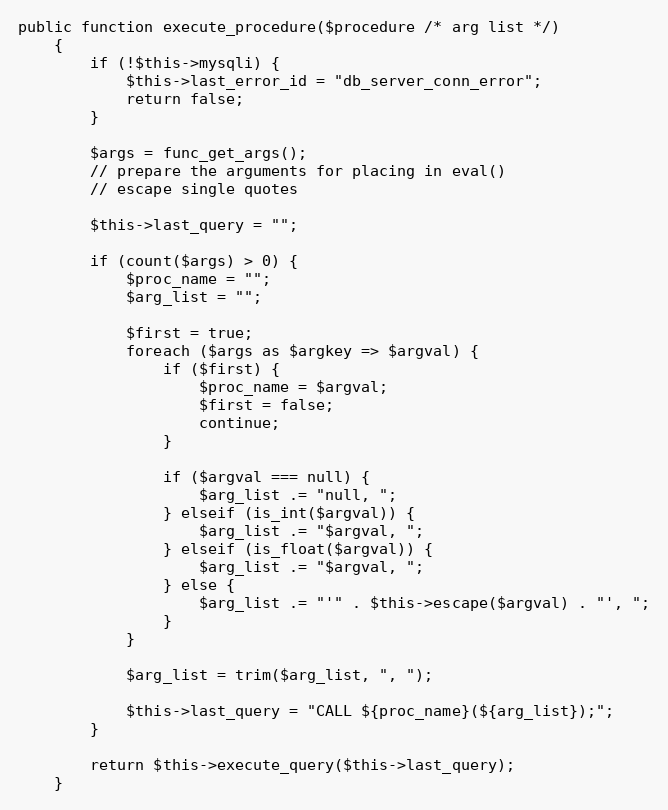
Language: PHP
public function execute_procedure($procedure /* arg list */)
    {
        if (!$this->mysqli) {
            $this->last_error_id = "db_server_conn_error";
            return false;
        }

        $args = func_get_args();
        // prepare the arguments for placing in eval()
        // escape single quotes

        $this->last_query = "";

        if (count($args) > 0) {
            $proc_name = "";
            $arg_list = "";

            $first = true;
            foreach ($args as $argkey => $argval) {
                if ($first) {
                    $proc_name = $argval;
                    $first = false;
                    continue;
                }

                if ($argval === null) {
                    $arg_list .= "null, ";
                } elseif (is_int($argval)) {
                    $arg_list .= "$argval, ";
                } elseif (is_float($argval)) {
                    $arg_list .= "$argval, ";
                } else {
                    $arg_list .= "'" . $this->escape($argval) . "', ";
                }
            }

            $arg_list = trim($arg_list, ", ");

            $this->last_query = "CALL ${proc_name}(${arg_list});";
        }

        return $this->execute_query($this->last_query);
    }